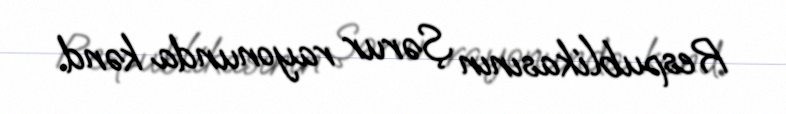
Respublikasının Şərur rayonunda kənd.